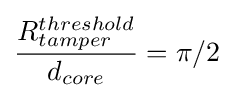
{\frac {R_{tamper}^{threshold}}{d_{core}}}=\pi /2